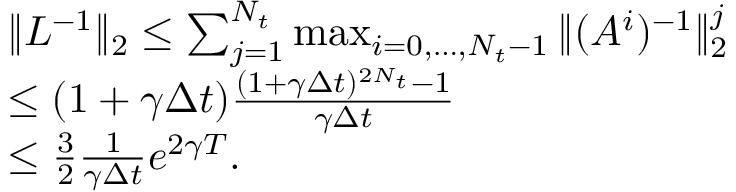
\begin{array} { r l } & { \| L ^ { - 1 } \| _ { 2 } \leq \sum _ { j = 1 } ^ { N _ { t } } \operatorname* { m a x } _ { i = 0 , \dots , N _ { t } - 1 } \| ( A ^ { i } ) ^ { - 1 } \| _ { 2 } ^ { j } } \\ & { \leq ( 1 + \gamma \Delta t ) \frac { ( 1 + \gamma \Delta t ) ^ { 2 N _ { t } } - 1 } { \gamma \Delta t } } \\ & { \leq \frac { 3 } { 2 } \frac { 1 } { \gamma \Delta t } e ^ { 2 \gamma T } . } \end{array}